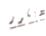
ديكور